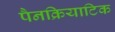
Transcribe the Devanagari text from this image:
पैनक्रियाटिक